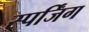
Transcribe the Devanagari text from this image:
स्पर्जिंग